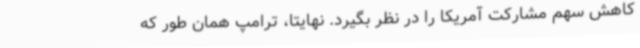
کاهش سهم مشارکت آمریکا را در نظر بگیرد. نهایتا، ترامپ همان طور که